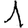
Digit: 1